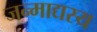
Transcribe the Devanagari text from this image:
जन्माद्यस्य